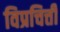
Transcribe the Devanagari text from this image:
विप्रचित्ती